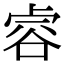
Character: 䜭